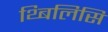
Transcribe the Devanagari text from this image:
थ्बिलिसि